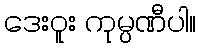
ဒေးဝူး ကုမ္ပဏီပါ။